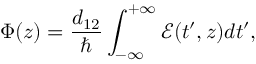
\Phi ( z ) = \frac { d _ { 1 2 } } { \hbar } \int _ { - \infty } ^ { + \infty } \mathcal { E } ( t ^ { \prime } , z ) d t ^ { \prime } ,